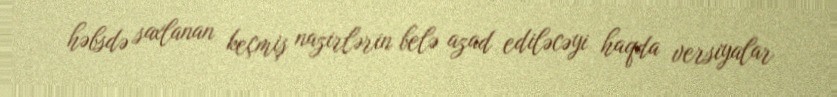
həbsdə saxlanan keçmiş nazirlərin belə azad ediləcəyi haqda versiyalar